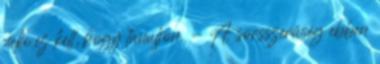
neki ez kell, hogy tanuljon. - A sorsszerűség ebben